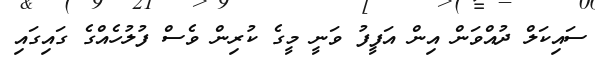
ސައިކަލް ދުއްވަން އިން އަފީފު ވަނީ މީގެ ކުރިން ވެސް ފުލުހެއްގެ ގައިގައި